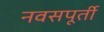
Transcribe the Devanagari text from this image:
नवसपूर्ती